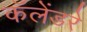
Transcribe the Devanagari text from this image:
कॅलेंडरे